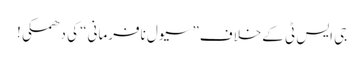
جی ایس ٹی کےخلاف” سیول نافرمانی“ کی دھمکی!